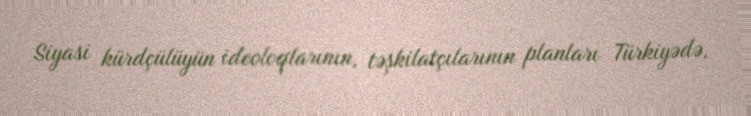
Siyasi kürdçülüyün ideoloqlarının, təşkilatçılarının planları Türkiyədə,